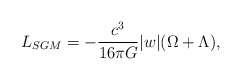
\begin{align*}L_{SGM}=-{c^{3} \over 16{\pi}G}\vert w \vert(\Omega + \Lambda),\end{align*}